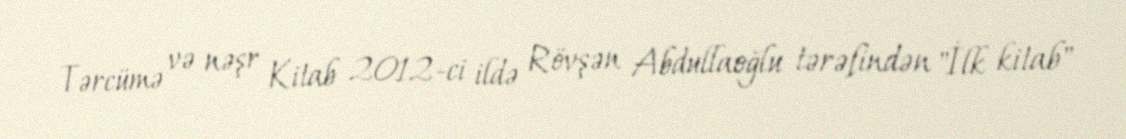
Tərcümə və nəşr Kitab 2012-ci ildə Rövşən Abdullaoğlu tərəfindən "İlk kitab"